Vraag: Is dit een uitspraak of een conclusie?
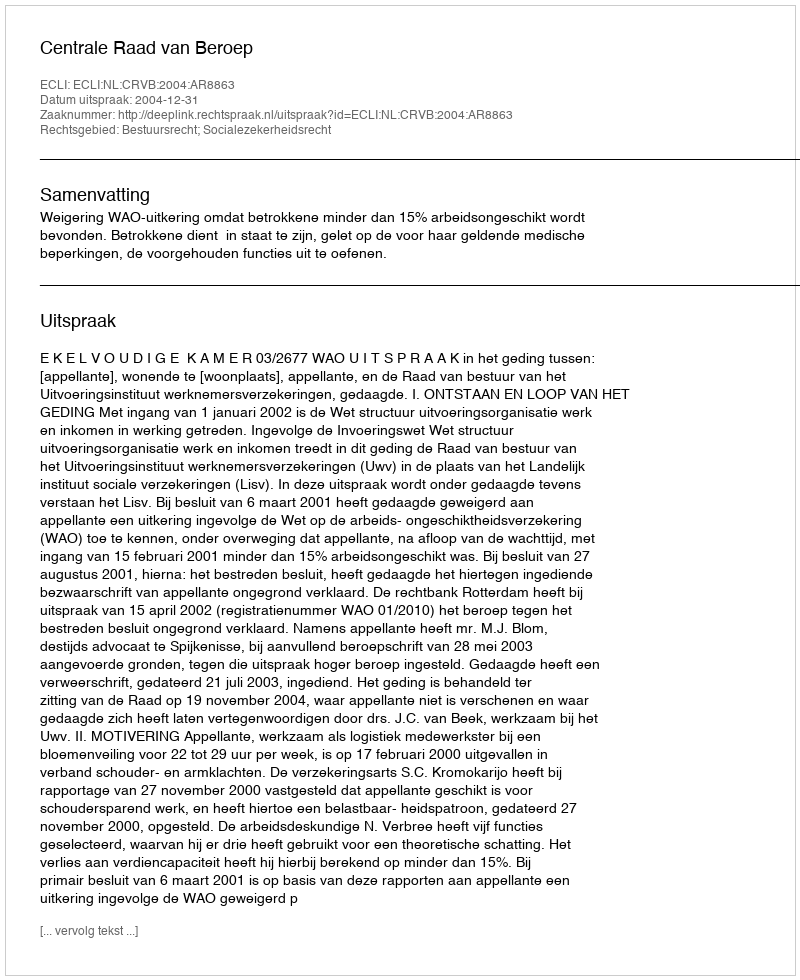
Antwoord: Uitspraak